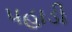
પહાડી